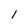
Character: 1